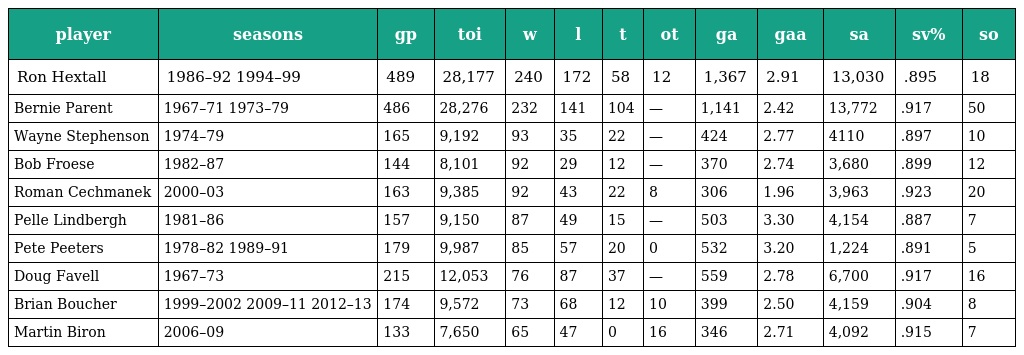
| player | seasons | gp | toi | w | l | t | ot | ga | gaa | sa | sv% | so |
 | --- | --- | --- | --- | --- | --- | --- | --- | --- | --- | --- | --- | --- |
 | Ron Hextall | 1986–92 1994–99 | 489 | 28,177 | 240 | 172 | 58 | 12 | 1,367 | 2.91 | 13,030 | .895 | 18 |
 | Bernie Parent | 1967–71 1973–79 | 486 | 28,276 | 232 | 141 | 104 | — | 1,141 | 2.42 | 13,772 | .917 | 50 |
 | Wayne Stephenson | 1974–79 | 165 | 9,192 | 93 | 35 | 22 | — | 424 | 2.77 | 4110 | .897 | 10 |
 | Bob Froese | 1982–87 | 144 | 8,101 | 92 | 29 | 12 | — | 370 | 2.74 | 3,680 | .899 | 12 |
 | Roman Cechmanek | 2000–03 | 163 | 9,385 | 92 | 43 | 22 | 8 | 306 | 1.96 | 3,963 | .923 | 20 |
 | Pelle Lindbergh | 1981–86 | 157 | 9,150 | 87 | 49 | 15 | — | 503 | 3.30 | 4,154 | .887 | 7 |
 | Pete Peeters | 1978–82 1989–91 | 179 | 9,987 | 85 | 57 | 20 | 0 | 532 | 3.20 | 1,224 | .891 | 5 |
 | Doug Favell | 1967–73 | 215 | 12,053 | 76 | 87 | 37 | — | 559 | 2.78 | 6,700 | .917 | 16 |
 | Brian Boucher | 1999–2002 2009–11 2012–13 | 174 | 9,572 | 73 | 68 | 12 | 10 | 399 | 2.50 | 4,159 | .904 | 8 |
 | Martin Biron | 2006–09 | 133 | 7,650 | 65 | 47 | 0 | 16 | 346 | 2.71 | 4,092 | .915 | 7 |